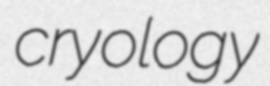
cryology